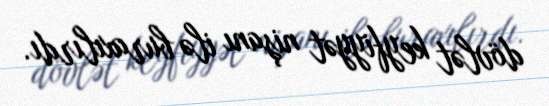
dövlət keyfiyyət nişanı ilə buraxılırdı.